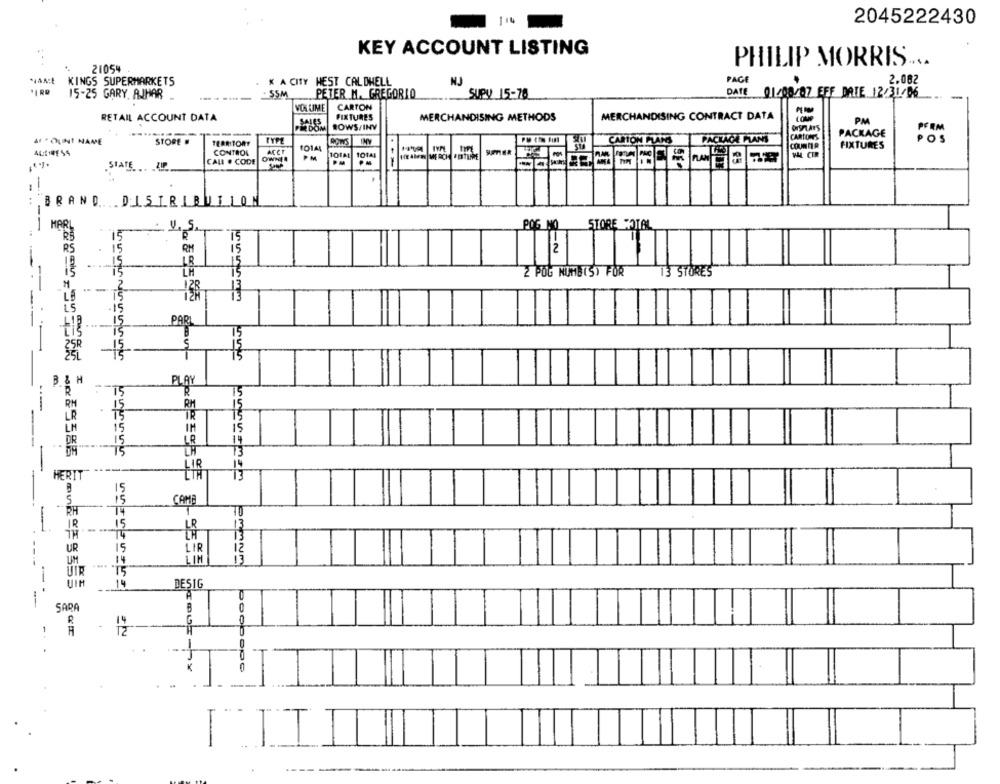
114
2045222430
KEY ACCOUNT LISTING
PHILIP MORRIS ...
21054
KINGS SUPERMARKETS
K A CITY HEST CALDHELL
NJ
PAGE
2.082
SSM
PETER M. GREGORIO
SUPy 15-76
DATE 01/08/07 EFF DATE 12/31/06
15-25 GARY AJHAR ..
-
VOLUME
CARTON
RETAIL ACCOUNT DATA
FIXTURES
MERCHANDISING METHODS
MERCHANDISING CONTRACT DATA
SALES
ROWS/INV
PM
---
PRDOM
OHSPLAT'S
PACKAGE
PERM
AI " OUINT NAME
STORE .
TERRITORY
TYPE
MOINS
CARTON PLANS
PACKAGE PLANS
CARTONS
POS
COUNTER
FIXTURES
ALEIRESS
CONTROL
OWNER
ACCE
PM
101M
SUPER
VAL CIR
STATE
CALL . CODE
= =
. BRAND .. .. DISTRIBUTION
--
MAR
15 U.S.
4.5.
POG NO STORE TOTAL
-
RM
LR
LH
2 POG NUMB(S) FOR
13 STORES
-
128
PARL
m
PLA
-----
HERIT
15
5
15
CAME
RH
74
-
IR
15
LR
UR
15
LIR
12
--
14
13
UIR
15
UIM
14
DESIG
A
--
SARA
14
TZ
poebope